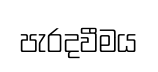
පැරදවීමය